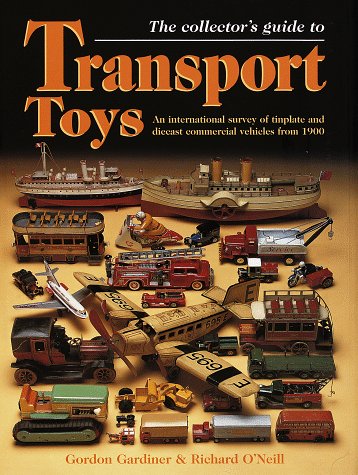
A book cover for The Collector's Guide to Transport Toys: An International Survey of Tinplate and Diecast Commercial Vehicles from 1900 to the Present Day; Gordon Gardiner; Crafts, Hobbies & Home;